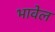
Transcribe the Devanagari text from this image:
भावेल